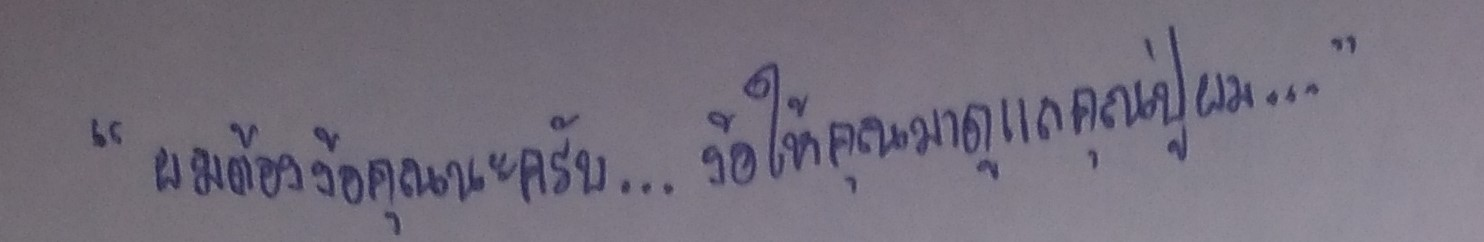
"ผมต้องง้อคุณนะครับ...ง้อให้คุณมาดูแลคุณปู่ผม..."